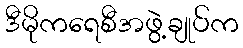
ဒီမိုကရေစီအဖွဲ့ချုပ်က